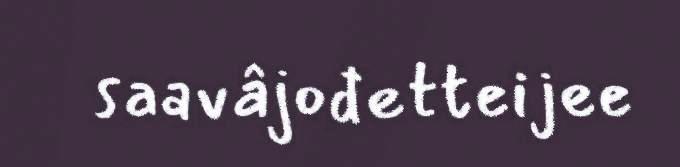
saavâjođetteijee